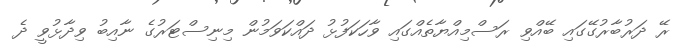
ރޭ ދަރުބާރުގޭގައި ބޭއްވި ރަސްމިއްޔާތެއްގައި ވާހަކަފުޅު ދައްކަވަމުން މިނިސްޓަރުގެ ނާއިބު ވިދާޅުވީ ދެ